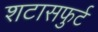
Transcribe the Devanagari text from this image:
शटासफुर्ट